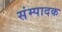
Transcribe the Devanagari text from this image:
संम्पादक